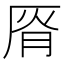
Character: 𰆟